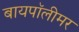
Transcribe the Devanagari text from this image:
बायपॉलीमर